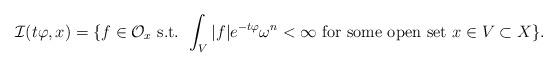
LaTeX: \begin{align*}\mathcal I(t\varphi,x) = \{ f \in \mathcal O_x \textup{ s.t. } \int_V |f|e^{-t\varphi} \omega^n< \infty \textup{ for some open set } x\in V \subset X\}.\end{align*}